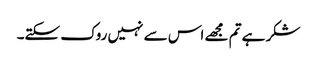
شکر ہے تم مجھے اس سے نہیں روک سکتے۔